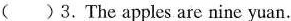
( )3. The apples are nine yuan.